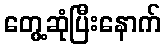
တွေ့ဆုံပြီးနောက်